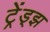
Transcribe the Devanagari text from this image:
ट्रेंड्‌झ